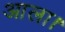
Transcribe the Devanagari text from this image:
आला।